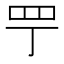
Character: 𦉬